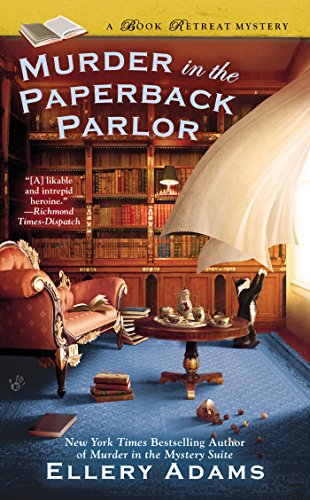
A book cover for Murder in the Paperback Parlor (A Book Retreat Mystery); Ellery Adams; Mystery, Thriller & Suspense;